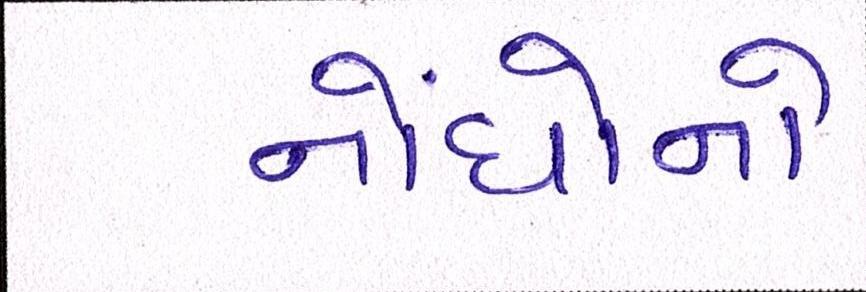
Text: નોંધોનો